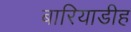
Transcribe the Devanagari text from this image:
बारियाडीह